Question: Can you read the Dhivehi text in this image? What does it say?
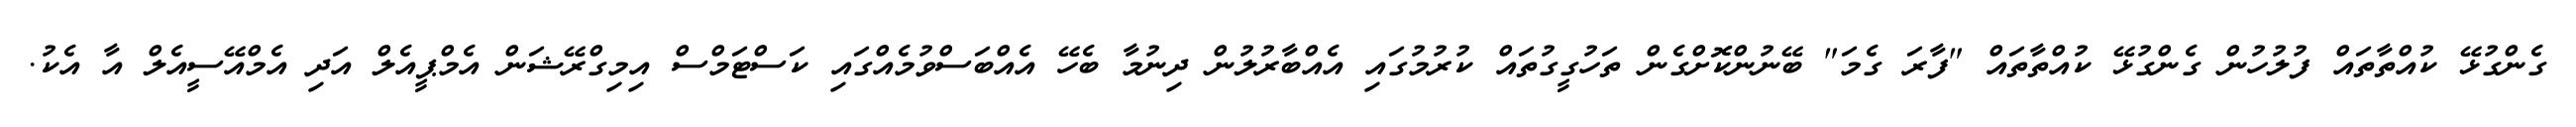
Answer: ގެންގުޅޭ ކުއްތާތައް ފުލުހުން ގެންގުޅޭ ކުއްތާތައް "ފާރަ ގެމަ" ބޭނުންކޮށްގެން ތަހުގީގުތައް ކުރުމުގައި އެއްބާރުލުން ދިނުމާ ބެހޭ އެއްބަސްވުމެއްގައި ކަސްޓަމްސް އިމިގްރޭޝަން އެމްޕީއެލް އަދި އެމްއޭސީއެލް އާ އެކު.